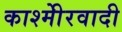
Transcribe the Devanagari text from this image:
काश्‍मीेरवादी